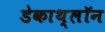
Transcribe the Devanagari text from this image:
डेकाथ्लॉन